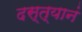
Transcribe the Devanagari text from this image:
दस्त्यानं